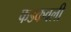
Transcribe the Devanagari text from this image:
फडकवली